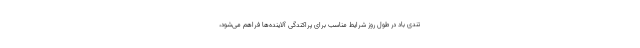
تندی باد در طول روز شرایط مناسب برای پراکندگی آلاینده‌ها فراهم می‌شود،